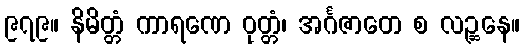
၉၇၉။ နိမိတ္တံ ကာရဏေ ဝုတ္တံ၊ အင်္ဂဇာတေ စ လဉ္ဆနေ။